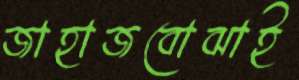
জাহাজবোঝাই